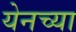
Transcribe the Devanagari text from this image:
येनच्या